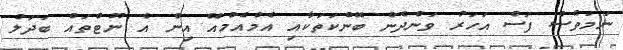
ނަމަވެސް ފަސް އަހަރު ވަންދެން ބޭންކަތަކާއި އެމްއެމްއޭ އިން އެ ނޫޓްތައް ބަދަލު